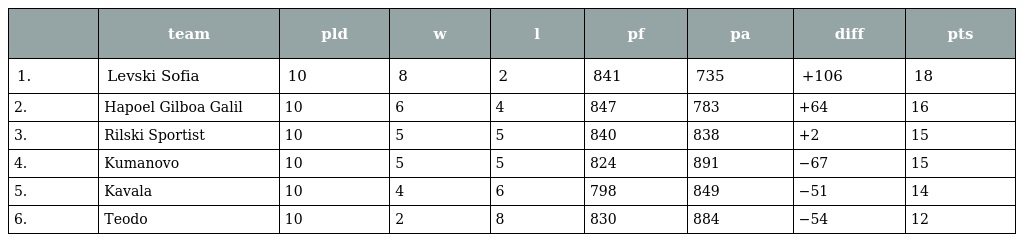
|  | team | pld | w | l | pf | pa | diff | pts |
 | --- | --- | --- | --- | --- | --- | --- | --- | --- |
 | 1. | Levski Sofia | 10 | 8 | 2 | 841 | 735 | +106 | 18 |
 | 2. | Hapoel Gilboa Galil | 10 | 6 | 4 | 847 | 783 | +64 | 16 |
 | 3. | Rilski Sportist | 10 | 5 | 5 | 840 | 838 | +2 | 15 |
 | 4. | Kumanovo | 10 | 5 | 5 | 824 | 891 | −67 | 15 |
 | 5. | Kavala | 10 | 4 | 6 | 798 | 849 | −51 | 14 |
 | 6. | Teodo | 10 | 2 | 8 | 830 | 884 | −54 | 12 |